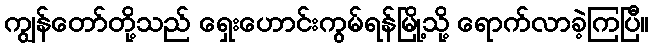
ကျွန်တော်တို့သည် ရှေးဟောင်းကွမ်ရန်မြို့သို့ ရောက်လာခဲ့ကြပြီ။